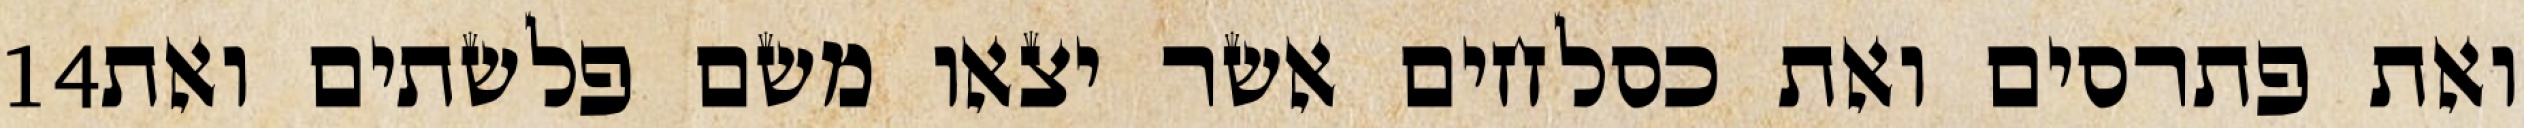
‎14‏ ואת פתרסים ואת כסלחים אשר יצאו משם פלשתים ואת